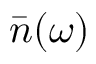
\bar { n } ( \omega )